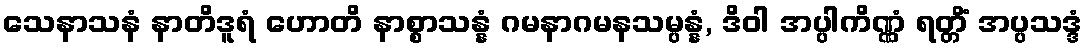
သေနာသနံ နာတိဒူရံ ဟောတိ နာစ္စာသန္နံ ဂမနာဂမနသမ္ပန္နံ, ဒိဝါ အပ္ပါကိဏ္ဏံ ရတ္တိံ အပ္ပသဒ္ဒံ